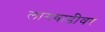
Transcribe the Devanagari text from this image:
लागवाडीवर